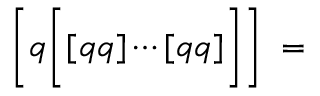
\biggl [ q \biggl [ [ q q ] \cdots [ q q ] \biggr ] \biggr ] \; = \; \left. \qquad \right. \special { p s f i l e = " f i g 4 . p s " v o f f s e t = - 2 8 5 h o f f s e t = - 9 0 }